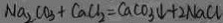
N a _ { 2 } C O _ { 3 } + C a C l _ { 2 } = C a C O _ { 3 } \downarrow + 2 N a C l